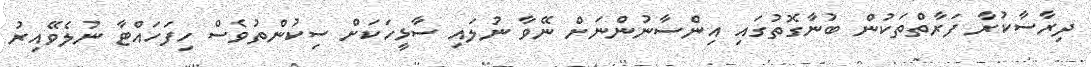
ދިރާސާކުރާ ފަރާތްތަކުން ބުނާގޮތުގައި އިންސާނުންނަށް ނޭވާ ނުލައި ސާޅީހަކަށް ސިކުންތުވެސް ހިފަހައްޓާ ނުލެވޭއިރު